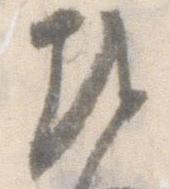
越